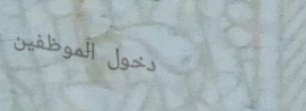
دخول الموظفين